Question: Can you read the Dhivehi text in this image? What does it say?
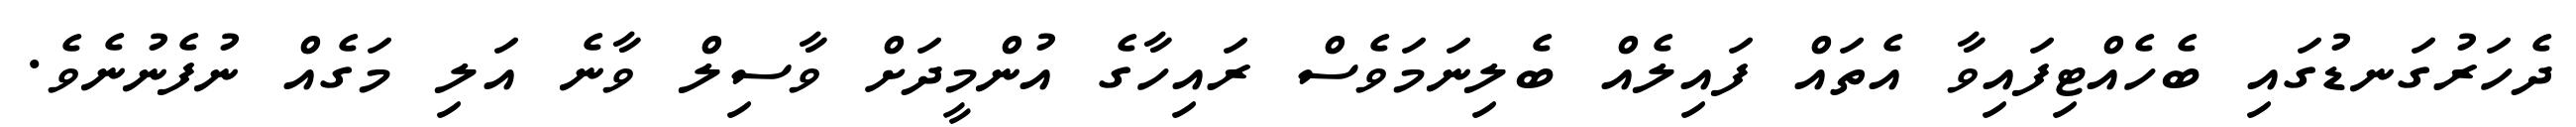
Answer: ދެހަރުގަނޑުގައި ބެހެއްޓިފައިވާ އެތައް ފައިލެއް ބެލިނަމަވެސް ރައިހާގެ އުންމީދަށް ވާސިލް ވާނެ އަލި މަގެއް ނުފެނުނެވެ.